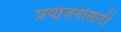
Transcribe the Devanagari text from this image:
प्रयोजनांसाठी